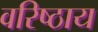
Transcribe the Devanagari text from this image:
वरिष्ठाय